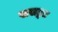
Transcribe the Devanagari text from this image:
ससङ्गाः